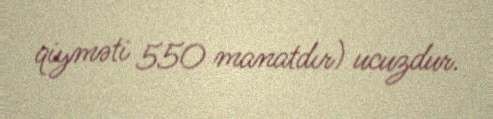
qiyməti 550 manatdır) ucuzdur.